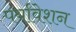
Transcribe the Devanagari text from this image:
पर्यावेशन